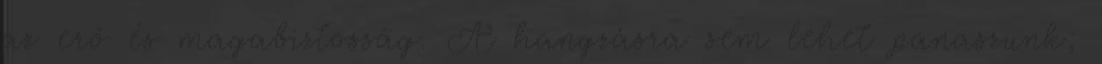
az erő és magabiztosság. A hangzásra sem lehet panaszunk;